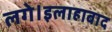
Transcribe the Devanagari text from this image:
लगे।इलाहाबाद